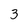
Character: 3